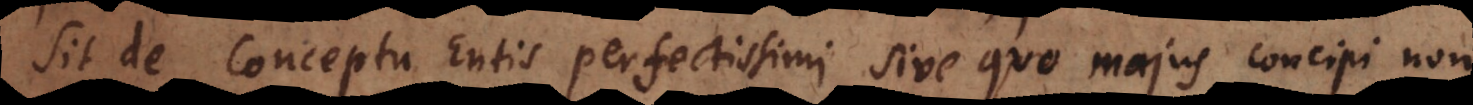
sit de conceptu Entis perfectissimi sive quo majus concipi non